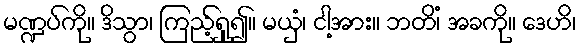
မဏ္ဍပ်ကို။ ဒိသွာ၊ ကြည့်ရှု၍။ မယှံ၊ ငါ့အား။ ဘတိံ၊ အခကို။ ဒေဟိ၊